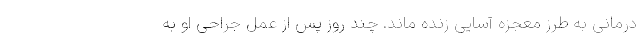
درمانی به طرز معجزه آسایی زنده ماند. چند روز پس از عمل جراحی او به